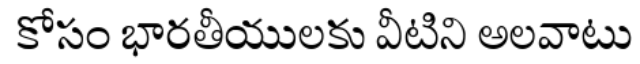
కోసం భారతీయులకు వీటిని అలవాటు